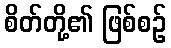
စိတ်တို့၏ ဖြစ်စဉ်